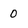
Character: 0